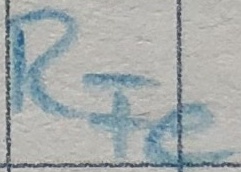
Text: RFe